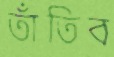
তাঁতিব